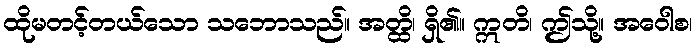
ထိုမတင့်တယ်သော သဘောသည်။ အတ္ထိ၊ ရှိ၏။ ဣတိ၊ ဤသို့။ အဝေါစ၊